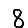
Digit: 8